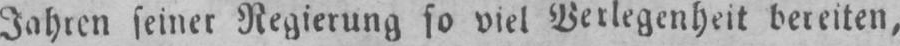
seiner Regierung so viel Verlegenheit bereiten,